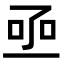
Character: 𠄸